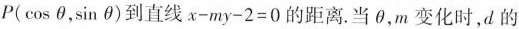
P(cosθ，sinθ)到直线$$x - m y - 2 = 0$$的距离。当θ，m变化时，d的